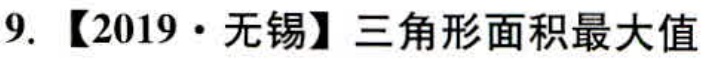
9. 【2019·无锡】三角形面积最大值